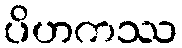
ပိဟကဿ